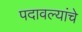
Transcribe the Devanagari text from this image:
पदावल्यांचे